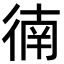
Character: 㣮